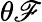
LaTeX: \theta\mathscr{F}